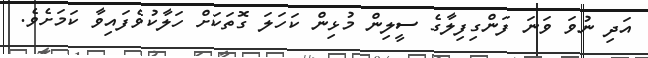
އަދި ނުވަ ވަނަ ފަންގިފިލާގެ ސީލިން މުޅިން ކަހަލަ ގޮތަކަށް ހަލާކުވެފައިވާ ކަމަށެވެ.